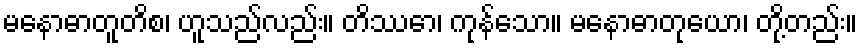
မနောဓာတူတိစ၊ ဟူသည်လည်း။ တိဿော၊ ကုန်သော။ မနောဓာတုယော၊ တို့တည်း။